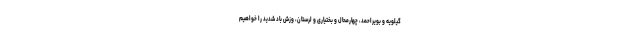
گیلویه و بویراحمد، چهارمحال و بختیاری و لرستان، وزش باد شدید را خواهیم